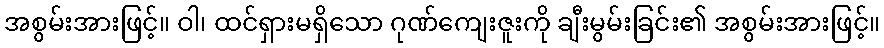
အစွမ်းအားဖြင့်။ ဝါ၊ ထင်ရှားမရှိသော ဂုဏ်ကျေးဇူးကို ချီးမွမ်းခြင်း၏ အစွမ်းအားဖြင့်။